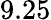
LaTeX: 9.25